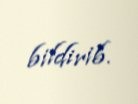
bildirib.